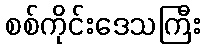
စစ်ကိုင်းဒေသကြီး